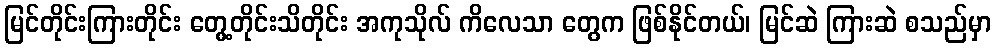
မြင်တိုင်းကြားတိုင်း တွေ့တိုင်းသိတိုင်း အကုသိုလ် ကိလေသာ တွေက ဖြစ်နိုင်တယ်၊ မြင်ဆဲ ကြားဆဲ စသည်မှာ